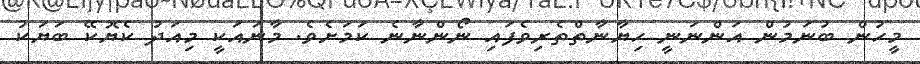
މީހުން ބުނަމުން އަންނަނީ ހިޔާނާތްތެރިވެފައި ނޯންނާނެ ކަމަށެވެ. މާނައަކީ މިއަދު ކެޔޮކޭ ބަޔަކު